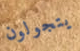
يتجولون